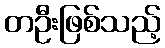
တဦးဖြစ်သည့်